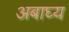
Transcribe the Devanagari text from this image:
अबाघ्य